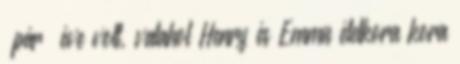
“pár” éve volt, valahol Henry és Emma életkora kora